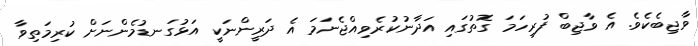
ވާޖިބެކެވެ. އެ ވާޖިބް ފުރިހަމަ ގޮތުގައި އަދާނުކުރެވިއްޖެނަމަ އެ ދަރީންނަކީ އަޅުގަނޑުމެންނަށް ކުރިމަތިވާ